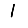
Digit: 1